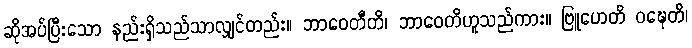
ဆိုအပ်ပြီးသော နည်းရှိသည်သာလျှင်တည်း။ ဘာဝေတီတိ၊ ဘာဝေတိဟူသည်ကား။ ဗြူဟေတိ ဝဍ္ဎေတိ၊